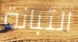
التبانة